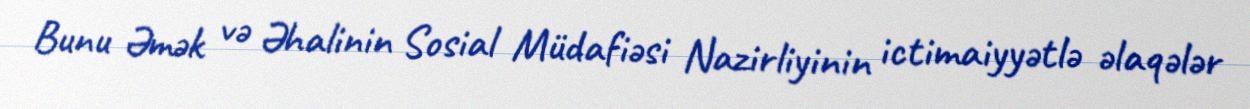
Bunu Əmək və Əhalinin Sosial Müdafiəsi Nazirliyinin ictimaiyyətlə əlaqələr